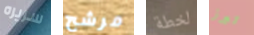
سريره مرشح لخطة تبرز